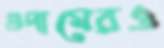
গুদামেরও